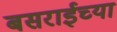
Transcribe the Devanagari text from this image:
बसराईच्या